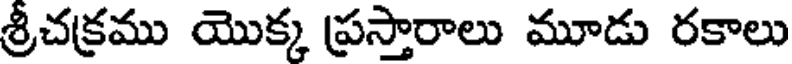
శ్రీచక్రము యొక్క ప్రస్తారాలు మూడు రకాలు